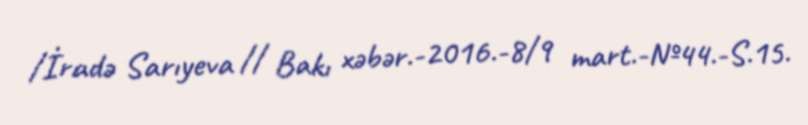
/İradə Sarıyeva // Bakı xəbər.-2016.-8/9 mart.-№44.-S.15.